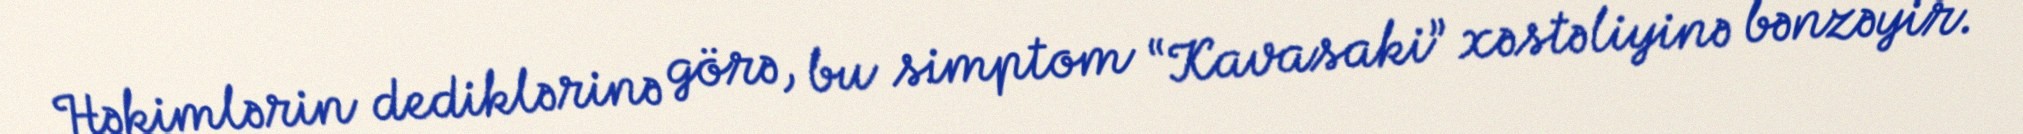
Həkimlərin dediklərinə görə, bu simptom “Kavasaki” xəstəliyinə bənzəyir.